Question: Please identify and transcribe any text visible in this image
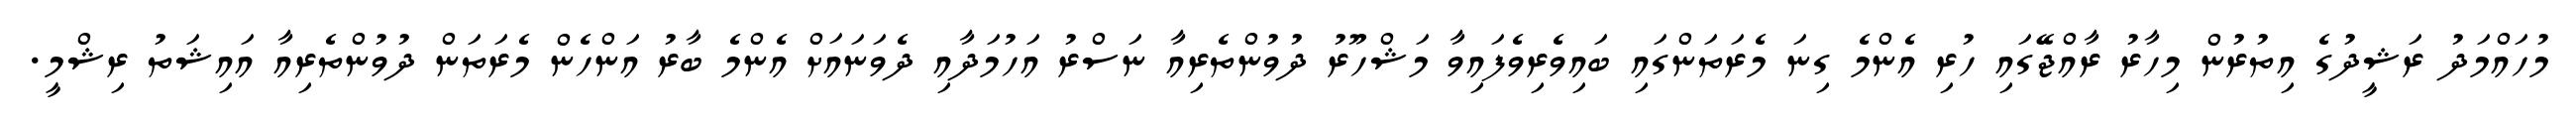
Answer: މުހައްމަދު ރަޝީދުގެ އިތުރުން މިހާރު ރާއްޖޭގައި ހުރި އެންމެ ގިނަ މެރަތަންގައި ބައިވެރިވެފައިވާ މަޝްހޫރު ދުވުންތެރިއާ ނަސްރު އަހުމަދާއި ދެވަނައަށް އެންމެ ބާރު އަންހެން މެރަތަން ދުވުންތެރިއާ އައިޝަތު ރިޝްމީ.